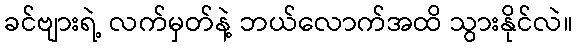
ခင်ဗျားရဲ့ လက်မှတ်နဲ့ ဘယ်လောက်အထိ သွားနိုင်လဲ။